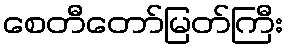
စေတီတော်မြတ်ကြီး